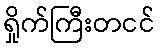
ရှိုက်ကြီးတငင်